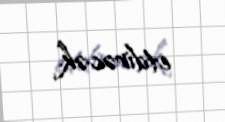
etdirəcək.